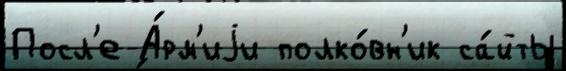
Посл'е А́рм'иjи полко́вн'ик са́йты